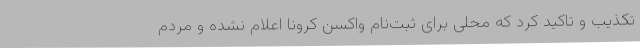
تکذیب و تاکید کرد که محلی برای ثبت‌نام واکسن کرونا اعلام نشده و مردم